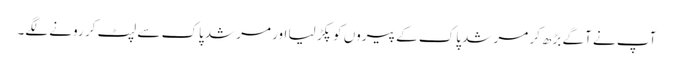
آپ نے آگے بڑھ کر مرشد پاک کے پیروں کو پکڑ لیا اور مرشد پاک سے لپٹ کر رونے لگے۔